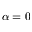
\alpha = 0